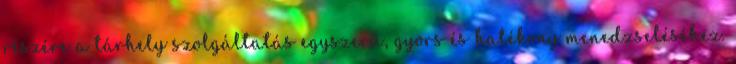
részére a tárhely szolgáltatás egyszerű, gyors és hatékony menedzseléséhez.